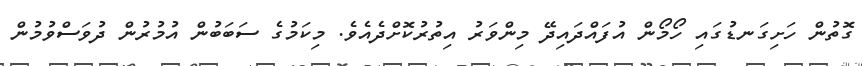
ގޮތުން ހަށިގަނޑުގައި ހޯމޯން އުފައްދައިދޭ މިންވަރު އިތުރުކޮށްދެއެވެ. މިކަމުގެ ސަބަބުން އުމުރުން ދުވަސްވުމުން